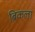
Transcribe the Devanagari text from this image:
ब्रिकला